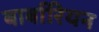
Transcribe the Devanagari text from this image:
बार्बारियन